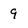
Character: 9